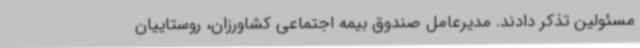
مسئولین تذکر دادند. مدیرعامل صندوق بیمه اجتماعی کشاورزان، روستاییان